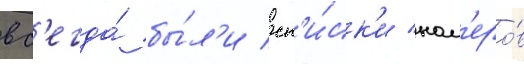
вс'егда́ бы́л'и сп'и́ск'и ном'еро́в